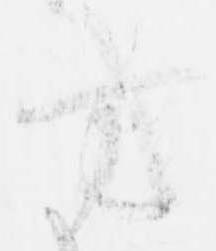
方